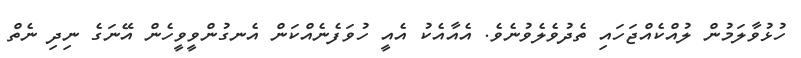
ހުޅުވާލަމުން ލުއްކެއްޖަހައި ތެދުވެލެވުނެވެ. އެއާއެކު އެއީ ހުވަފެނެއްކަން އެނގުންވީވީހެން އޭނަގެ ނިދި ނެތް